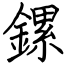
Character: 鏍